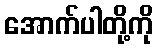
အောက်ပါတို့ကို